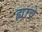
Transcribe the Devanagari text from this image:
ह्यावे